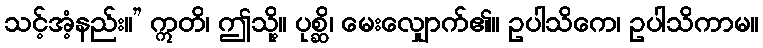
သင့်အံ့နည်း။” ဣတိ၊ ဤသို့။ ပုစ္ဆိ၊ မေးလျှောက်၏။ ဥပါသိကေ၊ ဥပါသိကာမ။